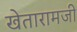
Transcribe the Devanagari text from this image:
खेतारामजी